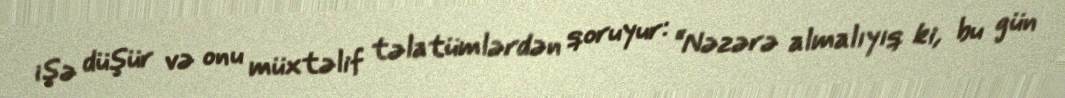
işə düşür və onu müxtəlif təlatümlərdən qoruyur: “Nəzərə almalıyıq ki, bu gün